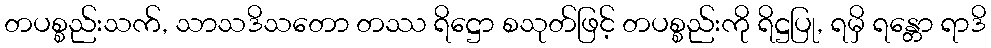
တပစ္စည်းသက်, သာသဒိသတော တဿ ရိဋ္ဌော စသုတ်ဖြင့် တပစ္စည်းကို ရိဋ္ဌပြု, ရမှိ ရန္တော ရာဒိ